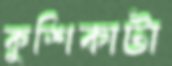
কুশিকাটা